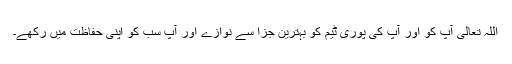
اللہ تعالیٰ آپ کو اور آپ کی پوری ٹیم کو بہترین جزا سے نوازے اور آپ سب کو اپنی حفاظت میں رکھے۔